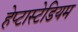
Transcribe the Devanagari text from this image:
हेप्टास्टेडियम